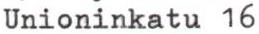
Unioninkatu 16